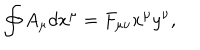
\oint A _ { \mu } d x ^ { \mu } = F _ { \mu \nu } x ^ { \mu } y ^ { \nu } ,